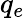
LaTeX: q_{e}